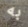
به